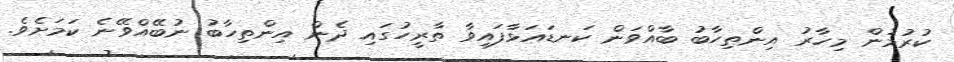
ކުރުމުން މިހާރު އިންތިހާބު ބާއްވަން ކަނޑައަޅާފައިވާ ތާރީހުގައި ދެން އިންތިހާބު ނުބޭއްވޭނެ ކަމަށެވެ.